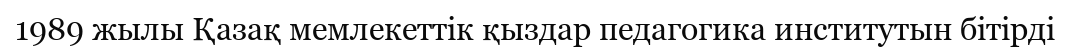
1989 жылы Қазақ мемлекеттік қыздар педагогика институтын бітірді